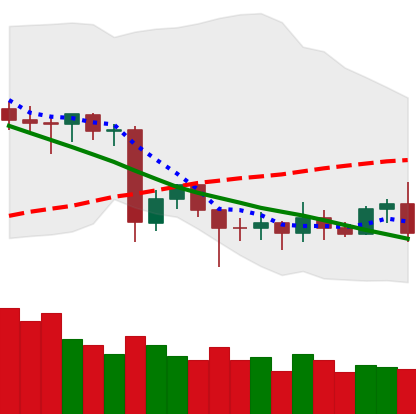
Ticker: ETC-USD
Chart end date: 2020-06-24
Forward return: -6.283%
Label: down_5_7